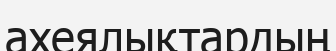
ахеялықтардың